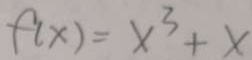
f ( x ) = x ^ { 3 } + x